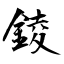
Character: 錂